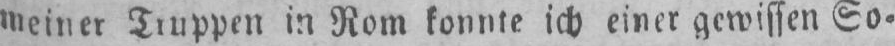
in Rom konnte ich einer gewissen So⸗